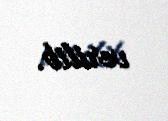
verilib.